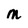
Character: M